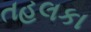
તહલકા